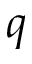
\boldsymbol { q }